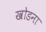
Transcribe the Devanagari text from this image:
खोडना